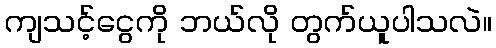
ကျသင့်ငွေကို ဘယ်လို တွက်ယူပါသလဲ။